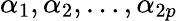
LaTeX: \alpha_{1},\alpha_{2},\ldots,\alpha_{2p}